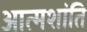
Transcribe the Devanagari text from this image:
आत्मशांति